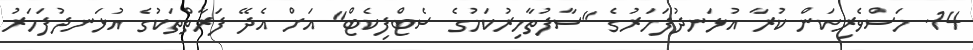
14. މަސްވެރިކަން ކުރާ އުޅަނދުފަހަރުގެ "ސާފުތާހިރުކަމުގެ ސެޓްފިކެޓް" އަށް އެދޭ ފަރާތްތަކުގެ އުޅަނދުފަހަރު